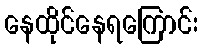
နေထိုင်နေရကြောင်း